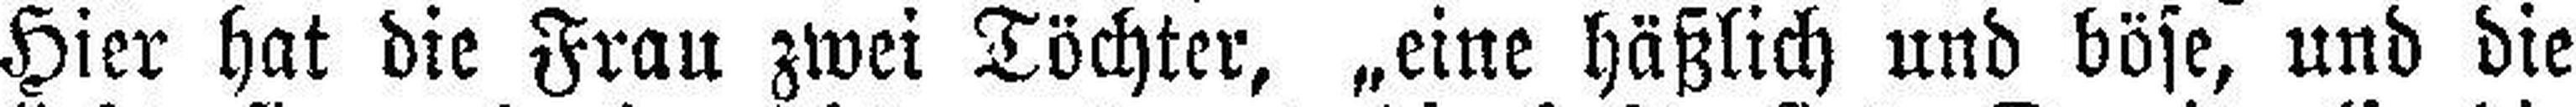
Hier hat die Frau zwei Tochter, „eine häßlich und böse, und die